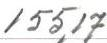
155,17